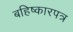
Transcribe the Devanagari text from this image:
बहिष्कारपत्र